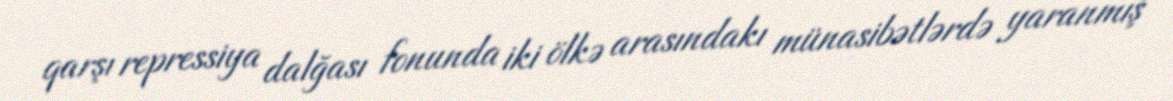
qarşı repressiya dalğası fonunda iki ölkə arasındakı münasibətlərdə yaranmış